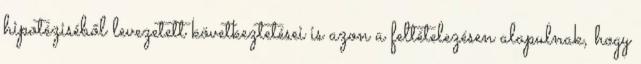
hipotéziséből levezetett következtetései is azon a feltételezésen alapulnak, hogy